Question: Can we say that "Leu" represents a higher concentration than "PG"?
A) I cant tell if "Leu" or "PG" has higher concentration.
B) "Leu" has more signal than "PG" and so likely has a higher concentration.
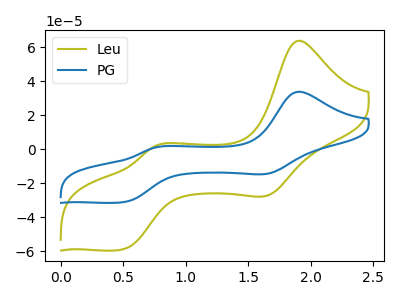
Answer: <think>The olive curve "Leu" has anodic peaks at (1.90V, 63.90uA) (0.75V, 1.85uA) and cathodic peaks at (1.65V, -27.15uA) (0.50V, -59.10uA). The blue curve "PG" has anodic peaks at (1.90V, 33.85uA) (0.75V, 1.00uA) and cathodic peaks at (1.65V, -14.40uA) (0.50V, -31.30uA).
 All the peaks in "Leu" have a peak in "PG" at the same potential. Every peak in "Leu" is higher than every peak in "PG".</think>
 <answer>B) "Leu" has more signal than "PG" and so likely has a higher concentration.</answer>
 <eval>B</eval>